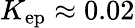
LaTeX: K_{\mathrm{ep}}\approx 0.02